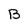
Character: B